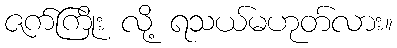
ဇက်ကြိုး လို့ ရသယ်မဟုတ်လား။